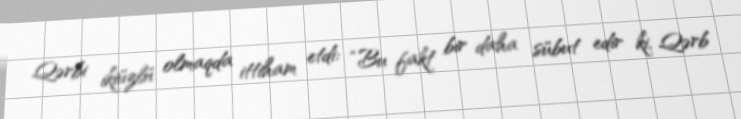
Qərbi ikiüzlü olmaqda ittiham etdi: “Bu fakt bir daha sübut edir ki, Qərb